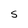
Character: S